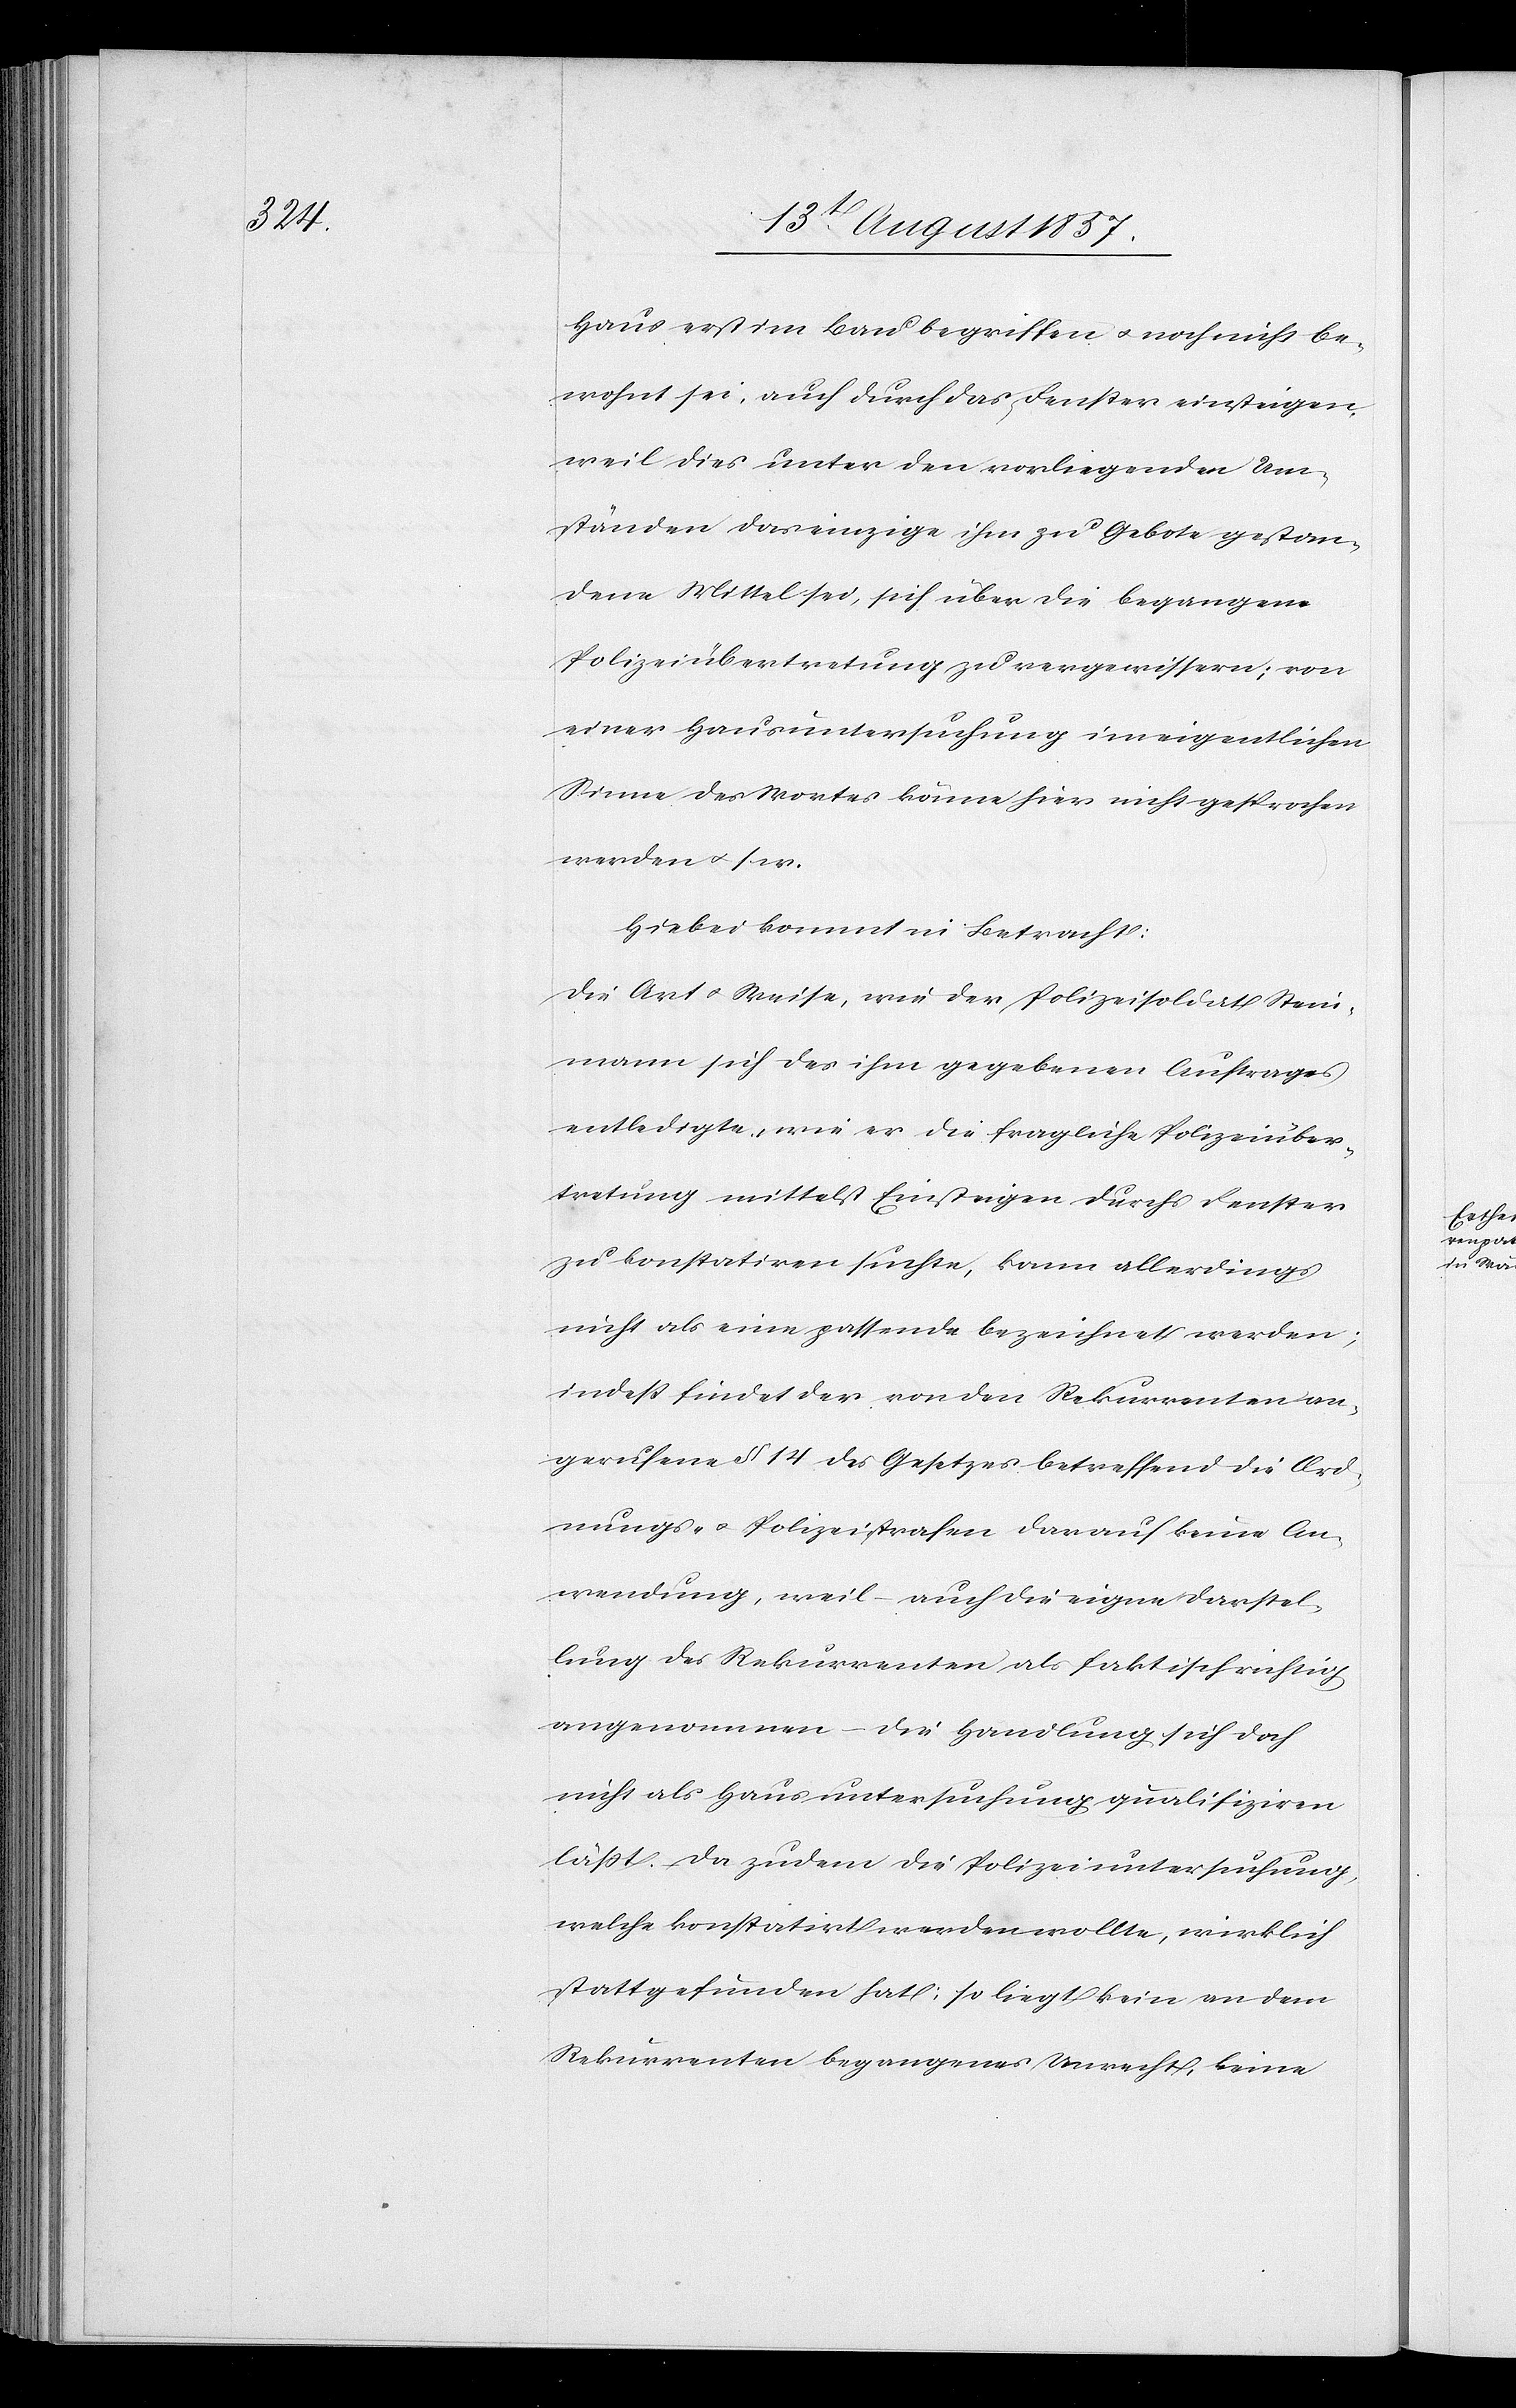
Haus erst im Bau begriffen & noch nicht be¬
wohnt sei, auch durch das Fenster einsteigen,
weil dies unter den vorliegenden Um¬
ständen das einzige ihm zu Gebote gestan¬
dene Mittel sei, sich über die begangene
Polizeiübertretung zu vergewissern; von
einer Hausdurchsuchung im eigentlichen
Sinne des Wortes könne hier nicht gesprochen
werden &. s. w.
Hiebei kommt in Betracht:
Die Art & Weise, wie der Poilzeisoldat Stein¬
mann sich des ihm gegebenen Auftrags
entledigte, wie er die fragliche Polizeiüber¬
tretung mittelst Einsteigen durchs Fenster
zu konstatiren suchte, kann allerdings
nicht als eine passende bezeichnet werden;
indeß findet der von den Rekurrenten an¬
gerufene § 14 des Gesetzes betreffend die Ord¬
nungs- & Polizeistrafen darauf keine An¬
wendung, weil – auch die eigene Darstel¬
lung des Rekurrenten als faktisch richtig
angenommen – die Handlung sich doch
nicht als Hausdurchsuchung qualifiziren
läßt. Da zudem die Polizeiuntersuchung,
welche konstatirt werden wollte, wirklich
stattgefunden hat: so liegt kein an dem
Rekurrenten begangenes Unrecht, keine